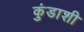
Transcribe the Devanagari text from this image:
कुंडाशी